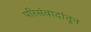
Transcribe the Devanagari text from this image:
परिसंवादांतून